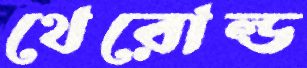
থেরোল্ড